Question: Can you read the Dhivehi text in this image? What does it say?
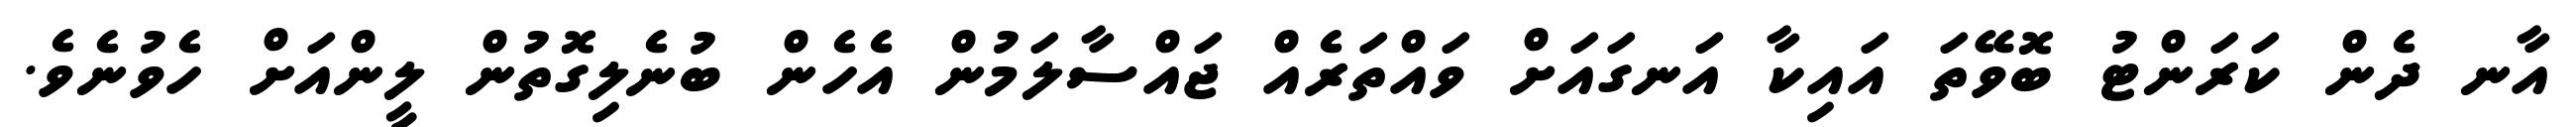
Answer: އާނ ދެން ކަރަންޓު ބޮވޭތަ އައިކާ އަނގައަށް ވައްތަރެއް ޖައްސާލަމުން އެހެން ބުނެލިގޮތުން ލީންއަށް ހެވުނެވެ.